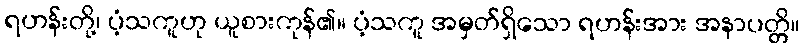
ရဟန်းတို့၊ ပံ့သကူဟု ယူစားကုန်၏။ ပံ့သကူ အမှတ်ရှိသော ရဟန်းအား အနာပတ္တိ။